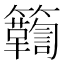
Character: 𮆾